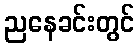
ညနေခင်းတွင်